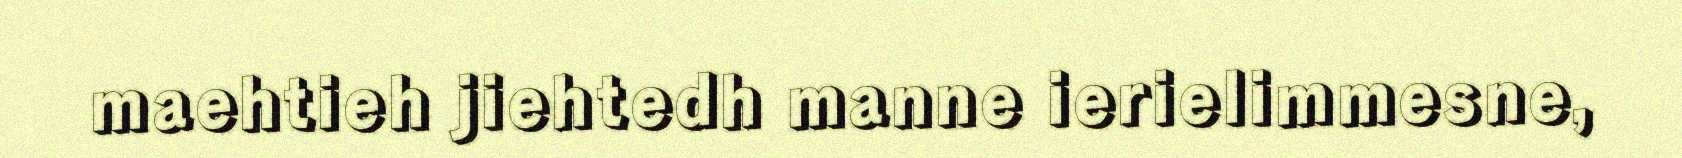
maehtieh jiehtedh manne ierielimmesne,